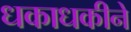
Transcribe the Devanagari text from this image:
धकाधकीने